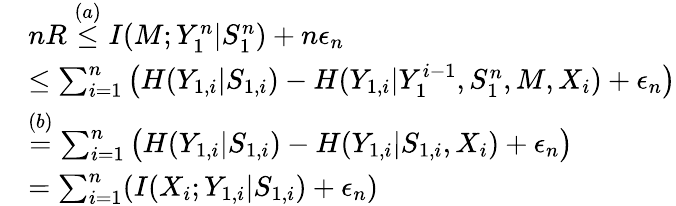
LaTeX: \begin{array}{rl}&{nR\overset{(a)}{\leq}I(M;Y_{1}^{n}|S_{1}^{n})+n\epsilon_{n}}\\ &{\leq\sum_{i=1}^{n}\big(H(Y_{1,i}|S_{1,i})-H(Y_{1,i}|Y_{1}^{i-1},S_{1}^{n},M,X_{i})+\epsilon_{n}\big)}\\ &{\overset{(b)}{=}\sum_{i=1}^{n}\big(H(Y_{1,i}|S_{1,i})-H(Y_{1,i}|S_{1,i},X_{i})+\epsilon_{n}\big)}\\ &{=\sum_{i=1}^{n}(I(X_{i};Y_{1,i}|S_{1,i})+\epsilon_{n})}\end{array}